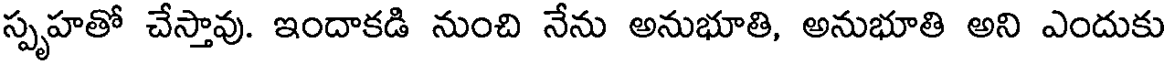
స్పృహతో చేస్తావు. ఇందాకడి నుంచి నేను అనుభూతి, అనుభూతి అని ఎందుకు